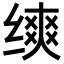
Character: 𬘾